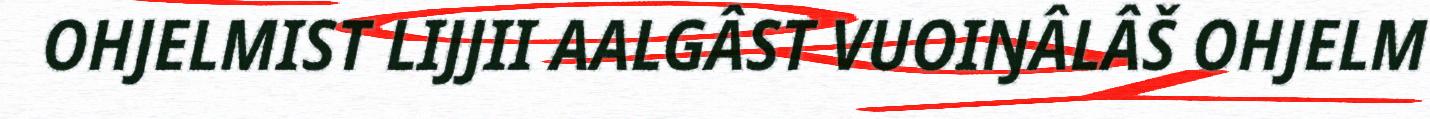
OHJELMIST LIJJII AALGÂST VUOIŊÂLÂŠ OHJELM